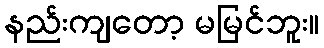
နည်းကျတော့ မမြင်ဘူး။